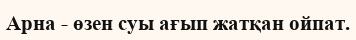
Арна - өзен суы ағып жатқан ойпат.